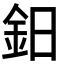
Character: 鈤